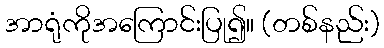
အာရုံကိုအကြောင်းပြု၍။ (တစ်နည်း)